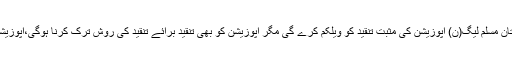
اپنے بیان میں لیاقت خان نے مزیدکہاکہ تنقید برائے تنقید کام نہیں چلے گا ، پاکستان مسلم لیگ(ن) اپوزیشن کی مثبت تنقید کو ویلکم کرے گی مگر اپوزیشن کو بھی تنقید برائے تنقید کی روش ترک کرنا ہوگی،اپوزیشن ملکی ترقی کے قومی ایجنڈے پر حکومت کا ساتھ دے،مثبت تجاویز دی جائیں۔